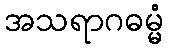
အသရာဂဓမ္မံ